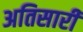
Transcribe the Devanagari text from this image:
अतिसारी